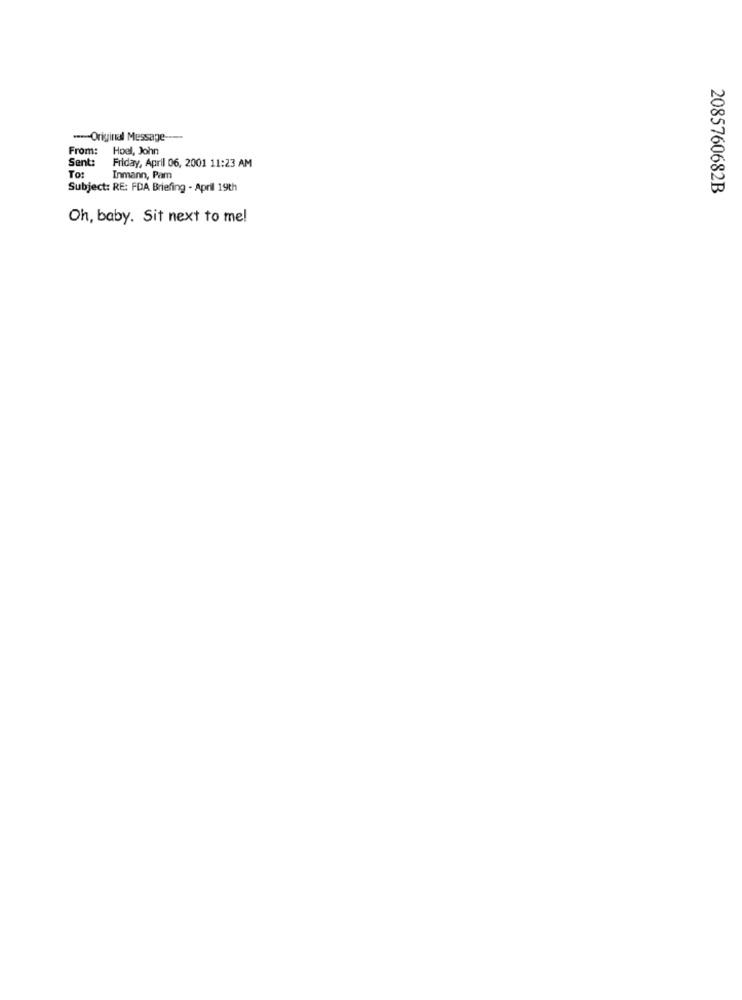
--- Original Message ----
From:
Hoel, John
Sent:
Friday, April 06, 2001 11:23 AM
TO:
Inmann, Pam
Subject: RE: FDA Briefing - April 19th
2085760682B
Oh, baby. Sit next to me!